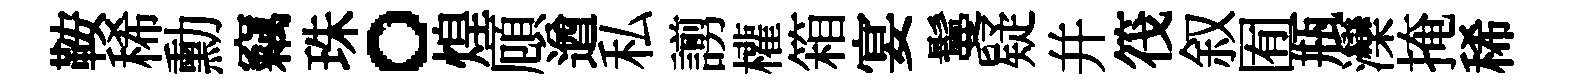
鞍稀勳竊珠。煌頋遒私謭權箱宴鬘疑并筏叙囿瓶灤掩稀